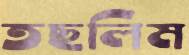
তছলিম